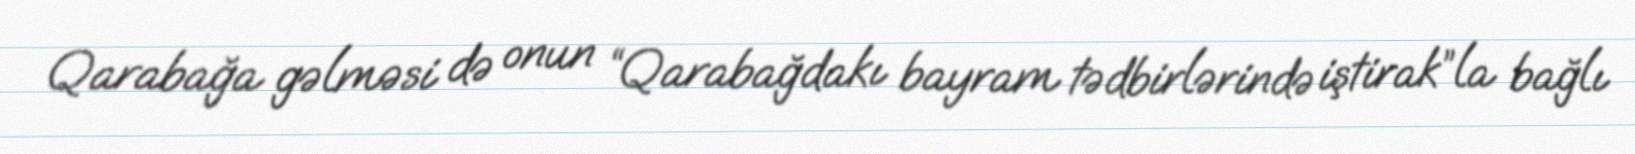
Qarabağa gəlməsi də onun “Qarabağdakı bayram tədbirlərində iştirak”la bağlı